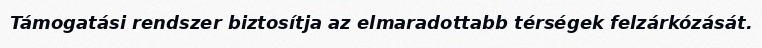
Támogatási rendszer biztosítja az elmaradottabb térségek felzárkózását.